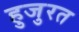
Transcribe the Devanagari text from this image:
हुजुरत